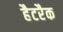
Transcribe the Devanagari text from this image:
हैटरैक